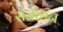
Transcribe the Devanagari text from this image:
संसांधन